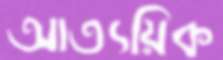
আত্যয়িক